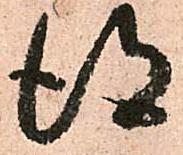
得